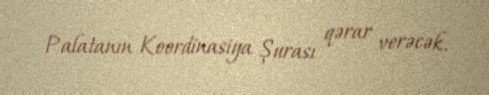
Palatanın Koordinasiya Şurası qərar verəcək.